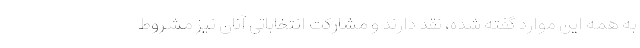
به همه این موارد گفته شده، نقد دارند و مشارکت انتخاباتی آنان نیز مشروط